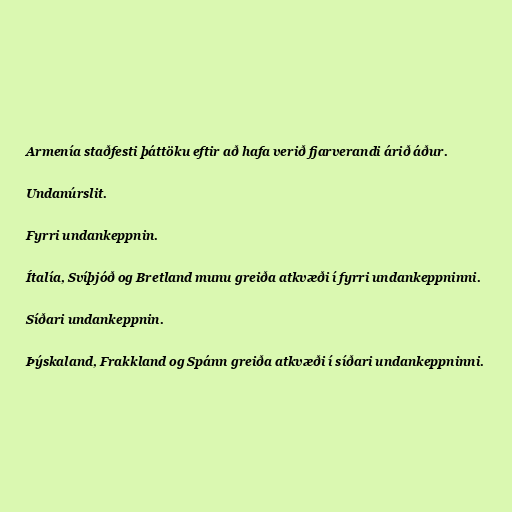
Armenía staðfesti þáttöku eftir að hafa verið fjarverandi árið áður.

Undanúrslit.

Fyrri undankeppnin.

Ítalía, Svíþjóð og Bretland munu greiða atkvæði í fyrri undankeppninni.

Síðari undankeppnin.

Þýskaland, Frakkland og Spánn greiða atkvæði í síðari undankeppninni.